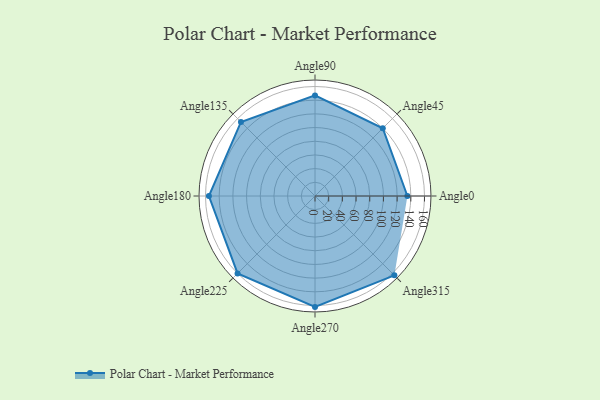
{"axis": {"x": "Angle", "y": "Radius"}, "legend": [""], "data": [{"x": "Angle0", "y": 135.0, "type": ""}, {"x": "Angle45", "y": 140.0, "type": ""}, {"x": "Angle90", "y": 147.0, "type": ""}, {"x": "Angle135", "y": 153.0, "type": ""}, {"x": "Angle180", "y": 155.0, "type": ""}, {"x": "Angle225", "y": 160.0, "type": ""}, {"x": "Angle270", "y": 162.0, "type": ""}, {"x": "Angle315", "y": 164.0, "type": ""}]}